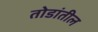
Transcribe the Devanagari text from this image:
तोडांतील